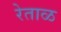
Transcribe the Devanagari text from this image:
रेताळ